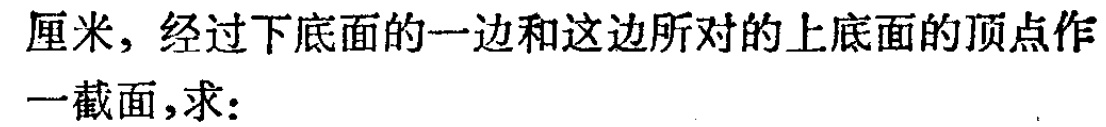
厘米，经过下底面的一边和这边所对的上底面的顶点作一截面，求：